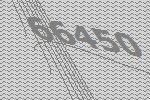
66450